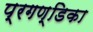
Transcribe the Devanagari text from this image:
प्रगण्डिका